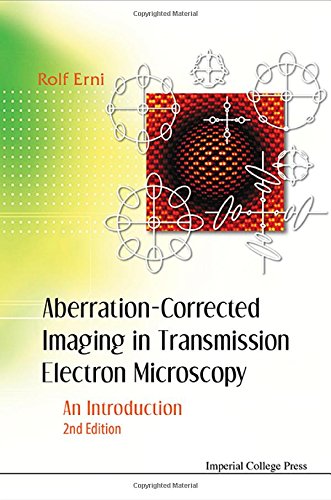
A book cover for Aberration-Corrected Imaging in Transmission Electron Microscopy: An Introduction 2nd Edition; Rolf Erni; Science & Math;